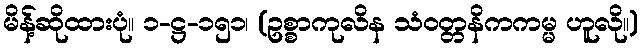
မိန့်ဆိုထားပုံ။ ၁-ဋ္ဌ-၁၅၁၊ (ဥစ္စာကုလိန သံဝတ္တနိကကမ္မ ဟူလို။)